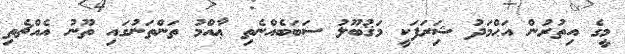
މީގެ އިތުރުން އަޙްމަދު ޝަިރަފަކީ މަޤުބޫލު ސަބަބެއްނެތި ޢާއްމު ތަންތަނުގައި ތޫނު އެއްޗެތި